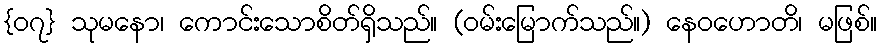
{၀၇} သုမနော၊ ကောင်းသောစိတ်ရှိသည်။ (ဝမ်းမြောက်သည်။) နေဝဟောတိ၊ မဖြစ်။